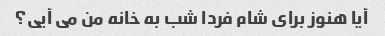
آیا هنوز برای شام فردا شب به خانه من می آیی؟